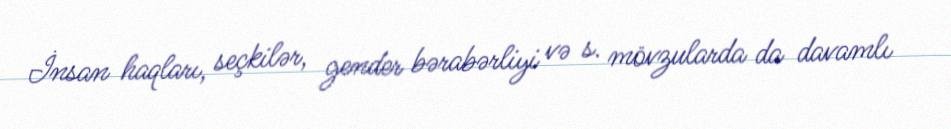
İnsan haqları, seçkilər, gender bərabərliyi və s. mövzularda da davamlı